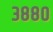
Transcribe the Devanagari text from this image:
३८८०